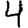
Digit: 4